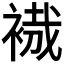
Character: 𧚶